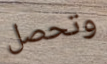
وتحصل